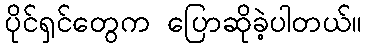
ပိုင်ရှင်တွေက ပြောဆိုခဲ့ပါတယ်။